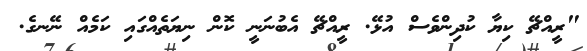
"ރީއްޗޭ ކިޔާ ކުދިންވެސް އުޅޭ. ރީއްޗޭ އެބުނަނީ ކޮން ނިޔަތެއްގައި ކަމެއް ނޭނގެ.